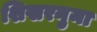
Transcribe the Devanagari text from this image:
शिखरनुमा